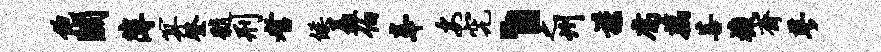
饱关薄算登髓刑耆候矗伯奉安究丶之州谨腐藕菩机斋蓼